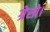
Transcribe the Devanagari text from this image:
ग्रेसो।